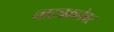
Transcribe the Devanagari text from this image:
नाट्यकलेवर